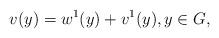
LaTeX: \begin{align*}v(y)=w^1(y)+v^1(y),y\in G,\end{align*}